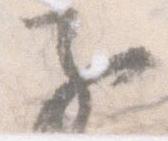
子